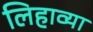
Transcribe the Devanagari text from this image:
लिहाव्या